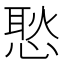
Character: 𢞚